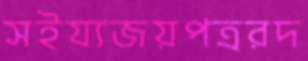
সইয্যজয়পত্ররদ